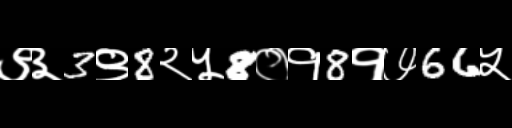
Text: ९३3९8२५8०१8१७66५